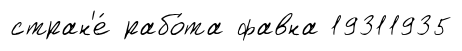
стран'е́ рабо́та фавна 19311935